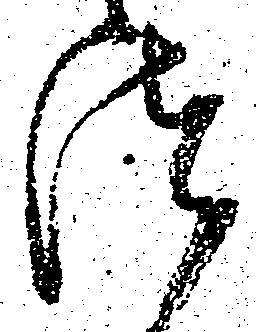
つ